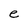
Character: e